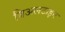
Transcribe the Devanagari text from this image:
बिअलटाइन